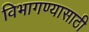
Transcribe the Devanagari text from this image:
विभागण्यासाठी